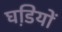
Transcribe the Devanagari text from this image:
घडि़यों